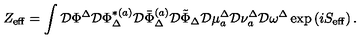
Z _ { \mathrm { e f f } } = \int \mathcal { D } \Phi ^ { \Delta } \mathcal { D } \Phi _ { \Delta } ^ { * ( a ) } \mathcal { D } \bar { \Phi } _ { \Delta } ^ { ( a ) } \mathcal { D } \tilde { \Phi } _ { \Delta } \mathcal { D } \mu _ { a } ^ { \Delta } \mathcal { D } \nu _ { a } ^ { \Delta } \mathcal { D } \omega ^ { \Delta } \exp \left( i S _ { \mathrm { e f f } } \right) .